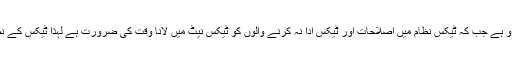
وزیر اعظم نے کہا کہ ٹیکس نظام میں اصلاحات اور ٹیکس بیس بڑھانا پی ٹی آئی منشور کا اہم جزو ہے جب کہ ٹیکس نظام میں اصلاحات اور ٹیکس ادا نہ کرنے والوں کو ٹیکس نیٹ میں لانا وقت کی ضرورت ہے لہذا ٹیکس کے نظام پر ٹیکس گزاروں کا اعتماد بحال کیا جائے، اس ضمن میں ایف بی آر میں اصلاحات ناگزیر ہیں